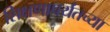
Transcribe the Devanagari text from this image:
शिक्षणापर्यंतच्या